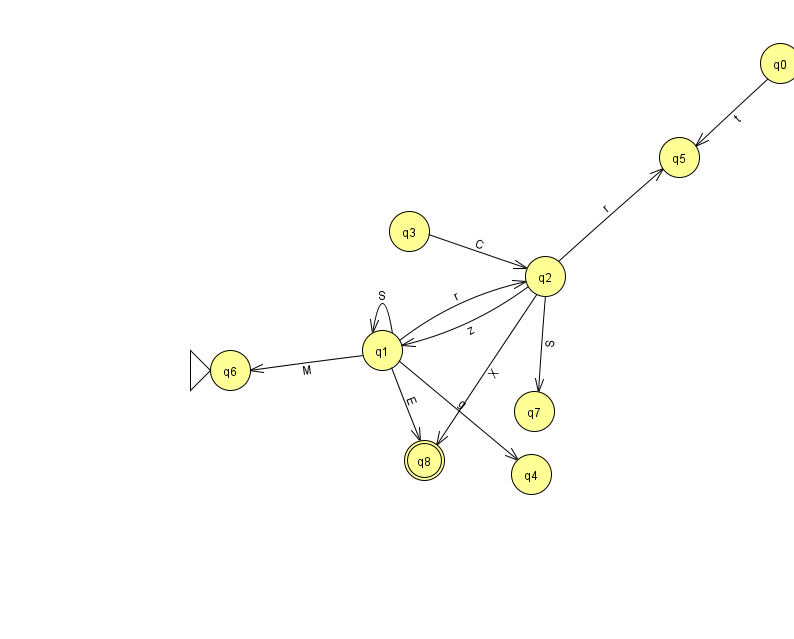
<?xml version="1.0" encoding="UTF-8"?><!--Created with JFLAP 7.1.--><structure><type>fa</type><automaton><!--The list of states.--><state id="0" name="q0"><x>780.0</x><y>50.0</y></state><state id="1" name="q1"><x>382.0</x><y>337.0</y></state><state id="2" name="q2"><x>545.0</x><y>263.0</y></state><state id="3" name="q3"><x>409.0</x><y>218.0</y></state><state id="4" name="q4"><x>531.0</x><y>461.0</y></state><state id="5" name="q5"><x>679.0</x><y>144.0</y></state><state id="6" name="q6"><x>230.0</x><y>357.0</y><initial/></state><state id="7" name="q7"><x>534.0</x><y>398.0</y></state><state id="8" name="q8"><x>424.0</x><y>447.0</y><final/></state><!--The list of transitions.--><transition><from>2</from><to>5</to><read>r</read></transition><transition><from>2</from><to>8</to><read>X</read></transition><transition><from>1</from><to>1</to><read>S</read></transition><transition><from>2</from><to>7</to><read>S</read></transition><transition><from>3</from><to>2</to><read>C</read></transition><transition><from>1</from><to>2</to><read>r</read></transition><transition><from>1</from><to>6</to><read>M</read></transition><transition><from>1</from><to>8</to><read>E</read></transition><transition><from>0</from><to>5</to><read>t</read></transition><transition><from>1</from><to>4</to><read>g</read></transition><transition><from>2</from><to>1</to><read>z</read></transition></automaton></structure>